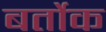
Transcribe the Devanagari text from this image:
बर्तोक